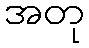
အတု